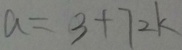
a = 3 + 7 2 k